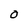
Character: O